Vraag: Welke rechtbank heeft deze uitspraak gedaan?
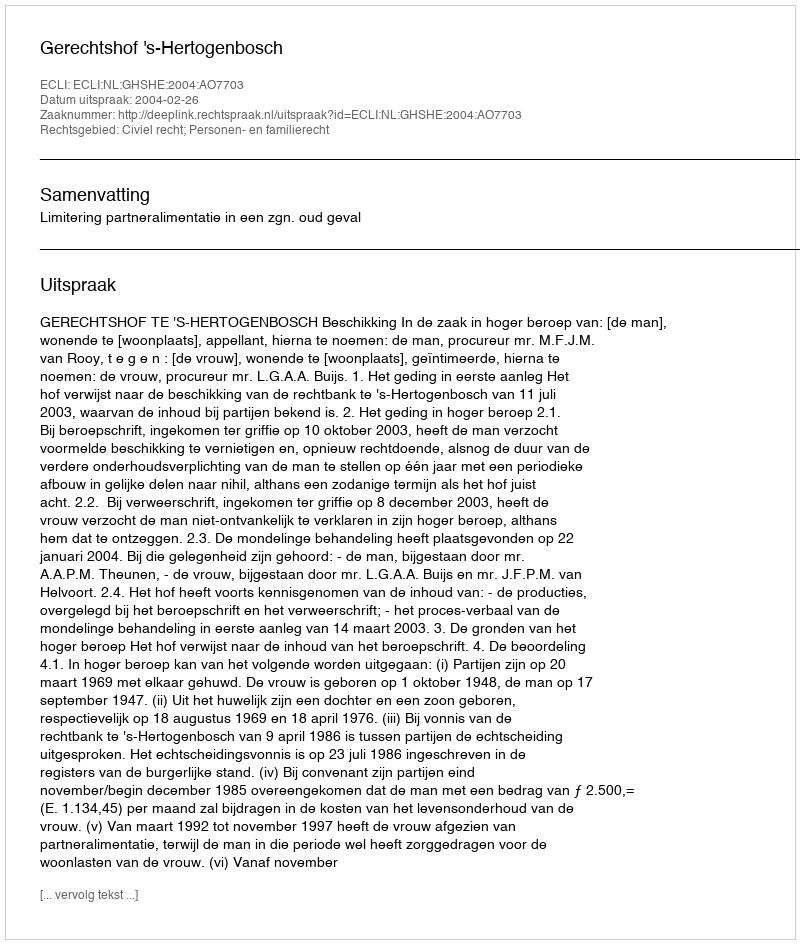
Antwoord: Gerechtshof 's-Hertogenbosch